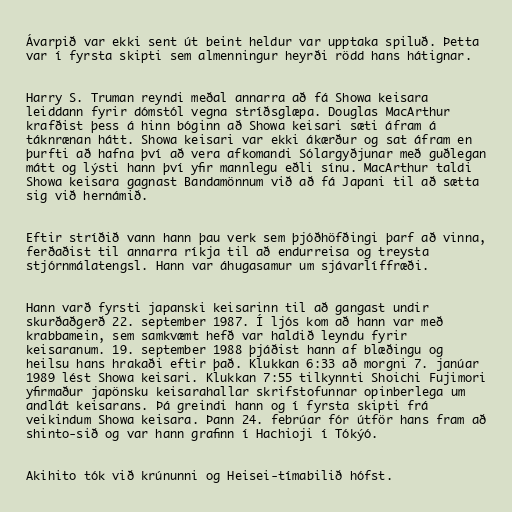
Ávarpið var ekki sent út beint heldur var upptaka spiluð. Þetta
var í fyrsta skipti sem almenningur heyrði rödd hans hátignar.

Harry S. Truman reyndi meðal annarra að fá Showa keisara
leiddann fyrir dómstól vegna stríðsglæpa. Douglas MacArthur
krafðist þess á hinn bóginn að Showa keisari sæti áfram á
táknrænan hátt. Showa keisari var ekki ákærður og sat áfram en
þurfti að hafna því að vera afkomandi Sólargyðjunar með guðlegan
mátt og lýsti hann því yfir mannlegu eðli sínu. MacArthur taldi
Showa keisara gagnast Bandamönnum við að fá Japani til að sætta
sig við hernámið.

Eftir stríðið vann hann þau verk sem þjóðhöfðingi þarf að vinna,
ferðaðist til annarra ríkja til að endurreisa og treysta
stjórnmálatengsl. Hann var áhugasamur um sjávarlíffræði.

Hann varð fyrsti japanski keisarinn til að gangast undir
skurðaðgerð 22. september 1987. Í ljós kom að hann var með
krabbamein, sem samkvæmt hefð var haldið leyndu fyrir
keisaranum. 19. september 1988 þjáðist hann af blæðingu og
heilsu hans hrakaði eftir það. Klukkan 6:33 að morgni 7. janúar
1989 lést Showa keisari. Klukkan 7:55 tilkynnti Shoichi Fujimori
yfirmaður japönsku keisarahallar skrifstofunnar opinberlega um
andlát keisarans. Þá greindi hann og í fyrsta skipti frá
veikindum Showa keisara. Þann 24. febrúar fór útför hans fram að
shinto-sið og var hann grafinn í Hachioji í Tókýó.

Akihito tók við krúnunni og Heisei-tímabilið hófst.